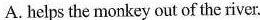
A.helps the monkey out of the river.